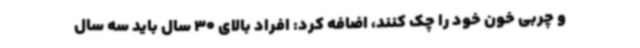
و چربی خون خود را چک کنند، اضافه کرد: افراد بالای 30 سال باید سه سال